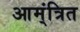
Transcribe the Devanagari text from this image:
आम्ंत्रित